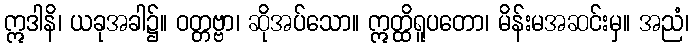
ဣဒါနိ၊ ယခုအခါ၌။ ဝတ္တဗ္ဗာ၊ ဆိုအပ်သော။ ဣတ္ထိရူပတော၊ မိန်းမအဆင်းမှ။ အညံ၊